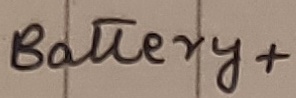
Text: Battery+